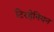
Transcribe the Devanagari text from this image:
टिरहेनियन